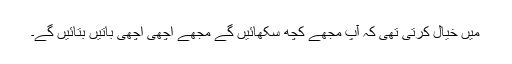
میں خیال کرتی تھی کہ آپ مجھے کچھ سکھائیں گے مجھے اچھی اچھی باتیں بتائیں گے۔